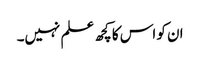
ان کو اس کا کچھ علم نہیں۔